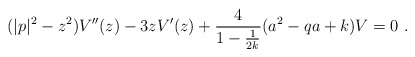
\begin{align*}( |p|^2 - z^2 ) V''(z) - 3z V'(z) + \frac{4}{1 - \frac{1}{2k}}(a^2 - qa + k) V = 0 ~.\end{align*}